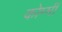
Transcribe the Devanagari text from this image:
कोम्मी